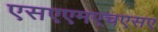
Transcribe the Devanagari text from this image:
एसएएमएचएसए